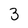
Character: 3